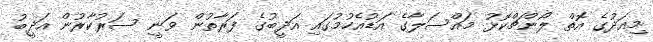
މިއަދުގެ އޮތް ލޯންޗްކޮޅު މައްސަލާގެ އަޑުއެހުމުގައި އަދީބުގެ ފަރާތުން ވަނީ ސަރުކާރުން އަދީބު